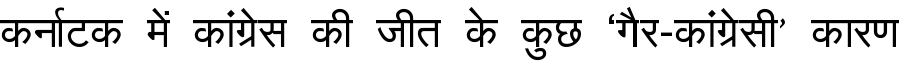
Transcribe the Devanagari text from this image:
कर्नाटक में कांग्रेस की जीत के कुछ ‘गैर-कांग्रेसी’ कारण